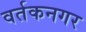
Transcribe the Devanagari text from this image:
वर्तकनगर